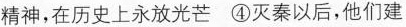
精神，在历史上永放光芒④灭秦以后，他们建